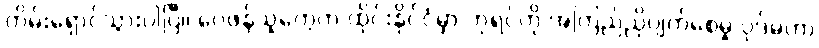
တိမ်းရှောင်သွားပါပြီ၊၊ ဝေဖန်သူတွေက ထိုင်းနိုင်ငံမှာ ဘုရင်ကို အကြည်ညိုပျက်စေမှု ပုဒ်မဟာ